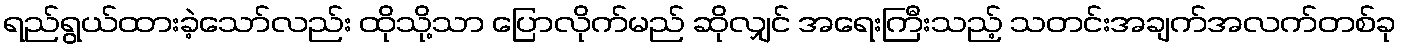
ရည်ရွယ်ထားခဲ့သော်လည်း ထိုသို့သာ ပြောလိုက်မည် ဆိုလျှင် အရေးကြီးသည့် သတင်းအချက်အလက်တစ်ခု